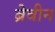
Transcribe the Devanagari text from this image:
ब्रेवीन